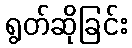
ရွတ်ဆိုခြင်း